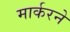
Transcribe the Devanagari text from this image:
मार्करने